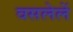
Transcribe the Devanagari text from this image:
वसलेलें